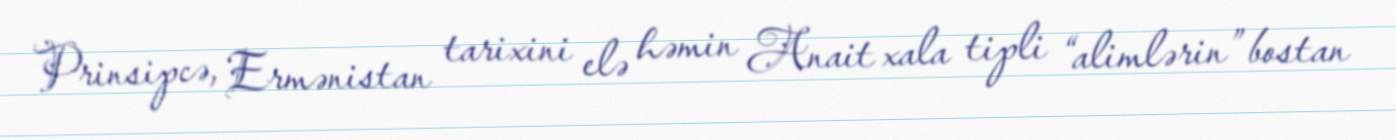
Prinsipcə, Ermənistan tarixini elə həmin Anait xala tipli “alimlərin” bostan